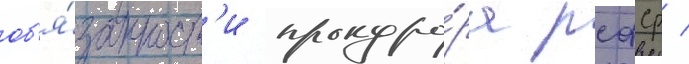
об'я́занност'и прокуро́ра рсфср /